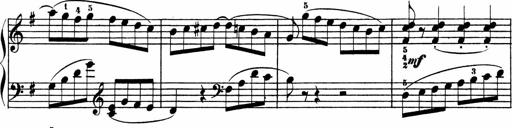
Title: 3 Sonatinen
Composer: Heinrich Lichner